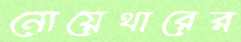
নোয়েথারের